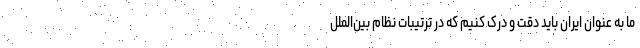
ما به عنوان ایران باید دقت و درک کنیم که در ترتیبات نظام بین‌الملل